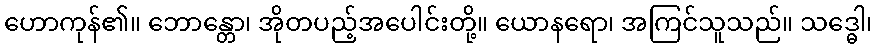
ဟောကုန်၏။ ဘောန္တော၊ အိုတပည့်အပေါင်းတို့။ ယောနရော၊ အကြင်သူသည်။ သဒ္ဓေါ၊